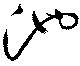
池